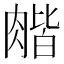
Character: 𦞉